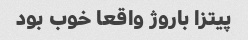
پیتزا باروژ واقعا خوب بود